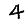
Digit: 4